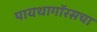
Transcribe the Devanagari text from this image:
पायथागॉरसचा